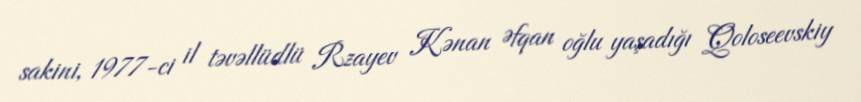
sakini, 1977-ci il təvəllüdlü Rzayev Kənan Əfqan oğlu yaşadığı Qoloseevskiy